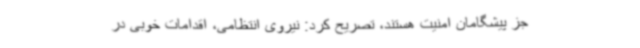
جز پیشگامان امنیت هستند، تصریح کرد: نیروی انتظامی، اقدامات خوبی در